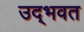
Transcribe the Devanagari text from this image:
उद्‌भवत